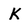
Character: K